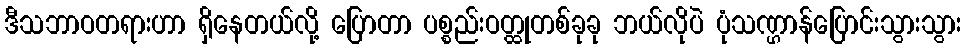
ဒီသဘာဝတရားဟာ ရှိနေတယ်လို့ ပြောတာ ပစ္စည်းဝတ္ထုတစ်ခုခု ဘယ်လိုပဲ ပုံသဏ္ဌာန်ပြောင်းသွားသွား